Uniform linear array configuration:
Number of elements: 16
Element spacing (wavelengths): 1
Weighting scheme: kaiser
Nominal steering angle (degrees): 30
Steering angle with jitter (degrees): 28.923
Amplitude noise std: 0.05
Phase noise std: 0.05

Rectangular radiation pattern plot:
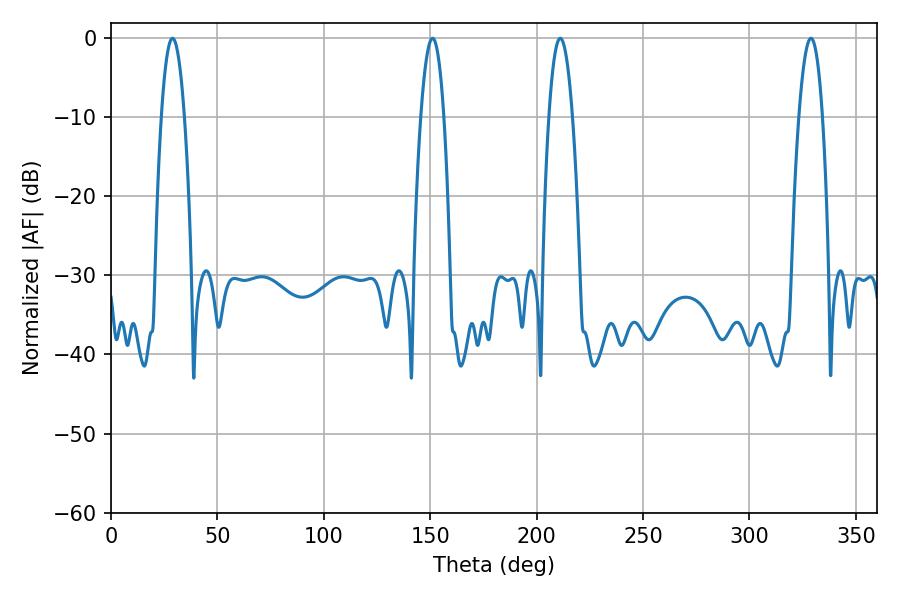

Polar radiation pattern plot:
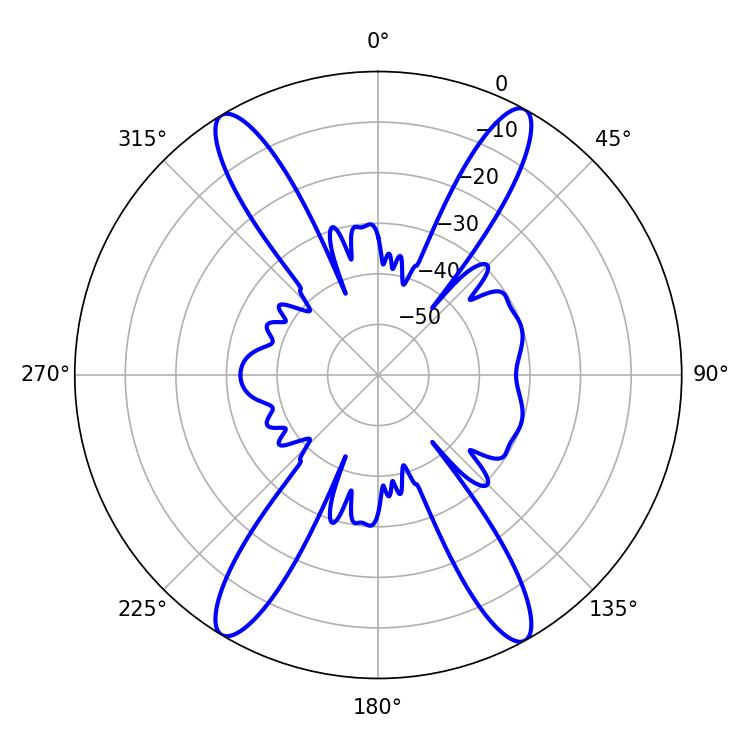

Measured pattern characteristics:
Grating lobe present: TRUE
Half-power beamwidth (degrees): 6.12
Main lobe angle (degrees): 328.86